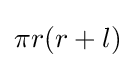
\pi r(r+l)\,\!